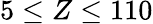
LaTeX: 5\leq Z\leq 110